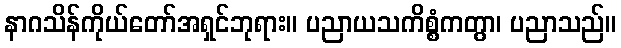
နာဂသိန်ကိုယ်တော်အရှင်ဘုရား။ ပညာယသကိစ္စံကတွာ၊ ပညာသည်။